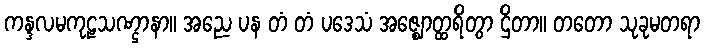
ကန္ဒလမကုဠသဏ္ဌာနာ။ အညေ ပန တံ တံ ပဒေသံ အဇ္ဈောတ္ထရိတွာ ဌိတာ။ တတော သုခုမတရာ